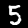
Digit: 5